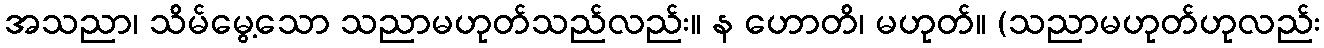
အသညာ၊ သိမ်မွေ့သော သညာမဟုတ်သည်လည်း။ န ဟောတိ၊ မဟုတ်။ (သညာမဟုတ်ဟုလည်း